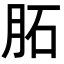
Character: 𦚈